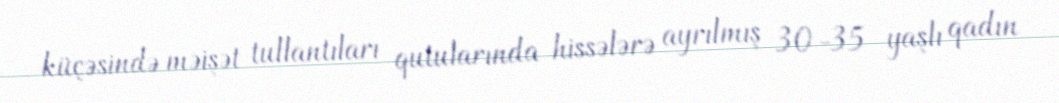
küçəsində məişət tullantıları qutularında hissələrə ayrılmış 30-35 yaşlı qadın